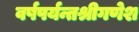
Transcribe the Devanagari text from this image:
वर्षपर्यन्तश्रीगणेश